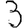
Digit: 3